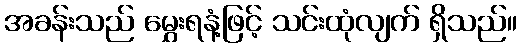
အခန်းသည် မွှေးရနံ့ဖြင့် သင်းထုံလျက် ရှိသည်။